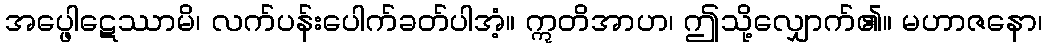
အပ္ဖေါဋေဿာမိ၊ လက်ပန်းပေါက်ခတ်ပါအံ့။ ဣတိအာဟ၊ ဤသို့လျှောက်၏။ မဟာဇနော၊